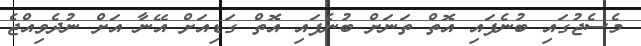
މެސެޖުގައި ބުނެފައި އޮތް ތަނަށް ބުނެފައި އޮތް ގަޑިއަށް އޭނާ އަށް ނުދެވިއްޖެ